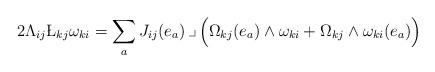
LaTeX: \begin{align*}2\Lambda_{ij}\L_{kj}\omega_{ki}&= \sum_a J_{ij}(e_a) \,\lrcorner\, \Big( \Omega_{kj}(e_a)\wedge \omega_{ki} + \Omega_{kj}\wedge \omega_{ki}(e_a)\Big)\end{align*}